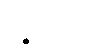
ပဉ္စကင်္ဂေါ